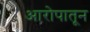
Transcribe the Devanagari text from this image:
आरोपातून